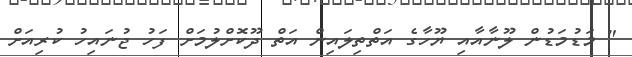
" މަޑުމަޑުން ލޫނާއާއި ޔޫހާގެ އަތްތިލައިން އަތް ދޫކޮށްލުމަށް ފަހު ޖުނައިހު ކުރިއަށް